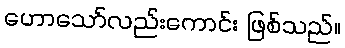
ဟောသော်လည်းကောင်း ဖြစ်သည်။